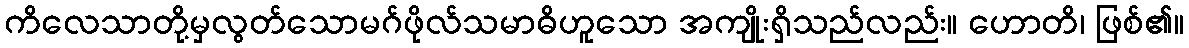
ကိလေသာတို့မှလွတ်သောမဂ်ဖိုလ်သမာဓိဟူသော အကျိုးရှိသည်လည်း။ ဟောတိ၊ ဖြစ်၏။